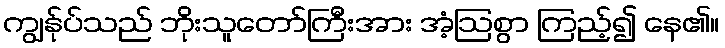
ကျွန်ုပ်သည် ဘိုးသူတော်ကြီးအား အံ့ဩစွာ ကြည့်၍ နေ၏။